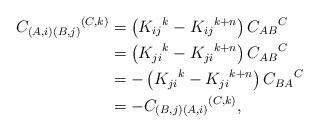
LaTeX: \begin{align*}C_{\left( A,i\right) \left( B,j\right) }{}^{\left( C,k\right) } &=\left( K_{ij}{}^{k}-K_{ij}{}^{k+n}\right) C_{AB}{}^{C}\\& =\left( K_{ji}{}^{k}-K_{ji}{}^{k+n}\right) C_{AB}{}^{C}\\& =-\left( K_{ji}{}^{k}-K_{ji}{}^{k+n}\right) C_{BA}{}^{C}\\& =-C_{\left( B,j\right) \left( A,i\right) }{}^{\left( C,k\right) },\end{align*}